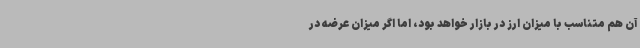
آن هم متناسب با میزان ارز در بازار خواهد بود، اما اگر میزان عرضه در